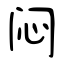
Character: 闷